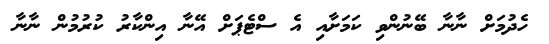
ހެދުމަށް ނާނާ ބޭނުންވި ކަމަށާއި އެ ސްޓެޕަށް އޭނާ އިންކާރު ކުރުމުން ނާނާ